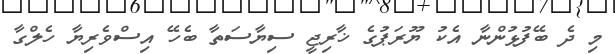
މި ދެ ބޭފުޅުންނާ އެކު ޔޫރަޕުގެ ޚާރިޖީ ސިޔާސަތާ ބެހޭ އިސްވެރިޔާ ހެލްގާ